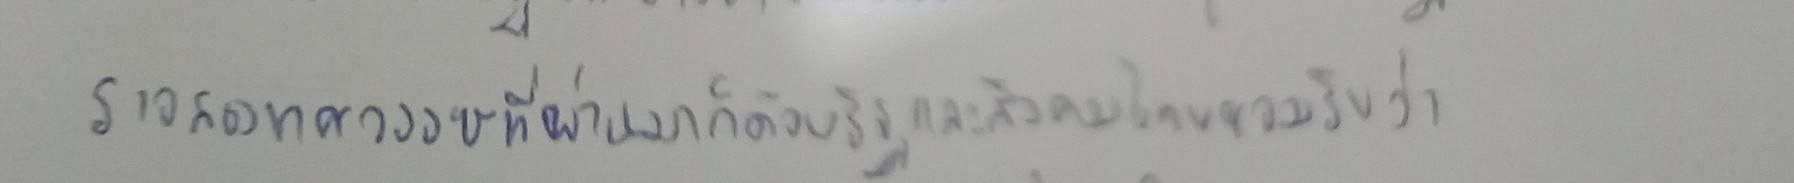
ราวสองทศวรรษที่ผ่านมาก็ด้วยรัฐและสังคมไทยยอมรับว่า